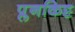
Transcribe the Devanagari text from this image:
प्लनकिट्ट